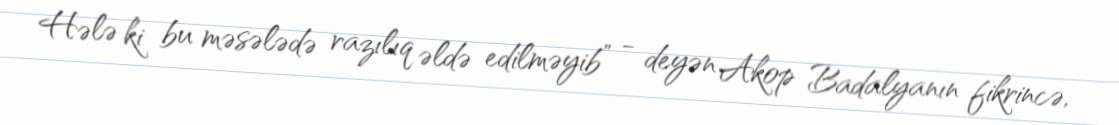
Hələ ki bu məsələdə razılıq əldə edilməyib” - deyən Akop Badalyanın fikrincə,